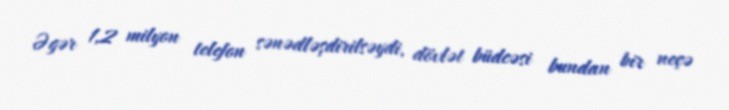
Əgər 1,2 milyon telefon sənədləşdirilsəydi, dövlət büdcəsi bundan bir neçə